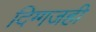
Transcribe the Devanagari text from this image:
दिग्गजही